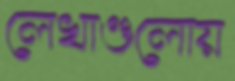
লেখাগুলোয়